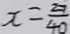
x = \frac { 2 7 } { 4 0 }